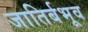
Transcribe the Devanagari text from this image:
जातिर्बभूव